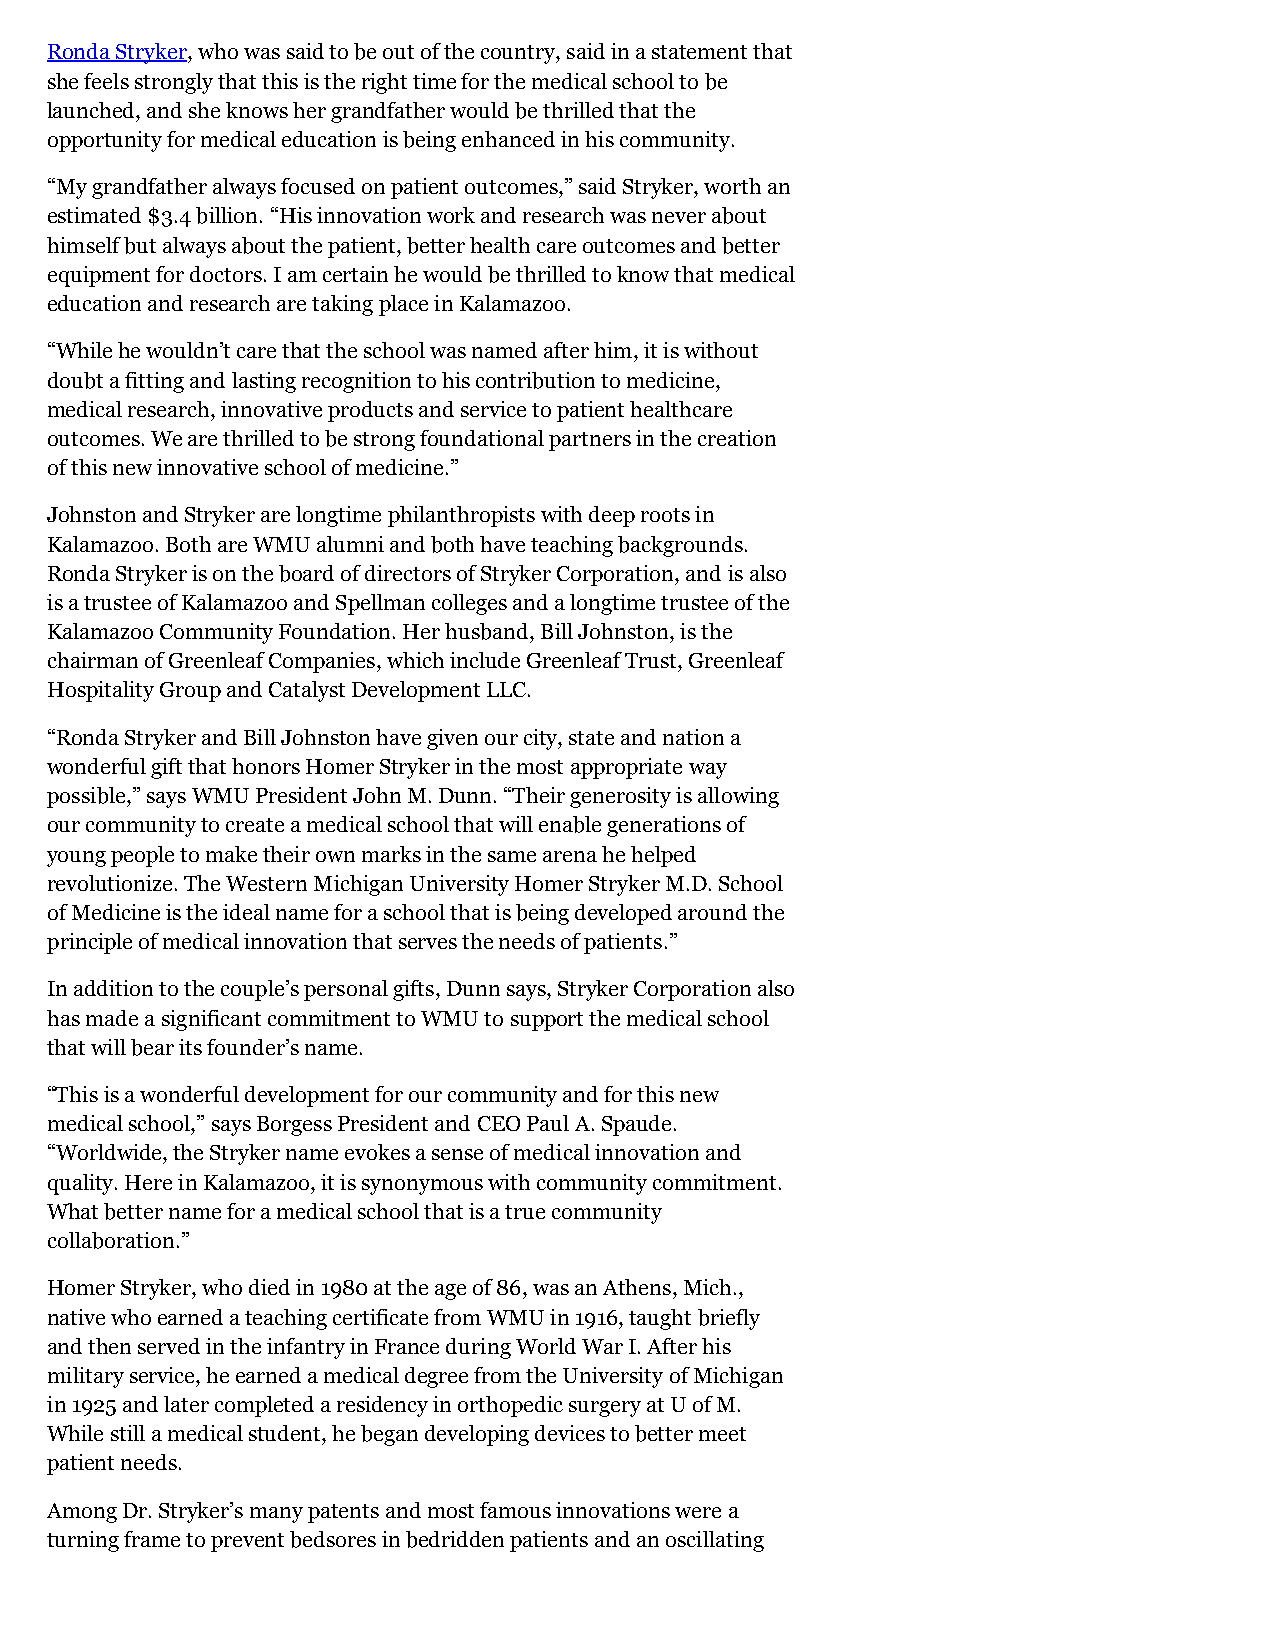
Ronda Stryker, who was said to be out of the country, said in a statement that
 she feels strongly that this is the right time for the medical school to be
 launched, and she knows her grandfather would be thrilled that the
 opportunity for medical education is being enhanced in his community.
 “My grandfather always focused on patient outcomes,” said Stryker, worth an
 estimated $3.4 billion. “His innovation work and research was never about
 himself but always about the patient, better health care outcomes and better
 equipment for doctors. I am certain he would be thrilled to know that medical
 education and research are taking place in Kalamazoo.
 “While he wouldn’t care that the school was named after him, it is without
 doubt a fitting and lasting recognition to his contribution to medicine,
 medical research, innovative products and service to patient healthcare
 outcomes. We are thrilled to be strong foundational partners in the creation
 of this new innovative school of medicine.”
 Johnston and Stryker are longtime philanthropists with deep roots in
 Kalamazoo. Both are WMU alumni and both have teaching backgrounds.
 Ronda Stryker is on the board of directors of Stryker Corporation, and is also
 is a trustee of Kalamazoo and Spellman colleges and a longtime trustee of the
 Kalamazoo Community Foundation. Her husband, Bill Johnston, is the
 chairman of Greenleaf Companies, which include Greenleaf Trust, Greenleaf
 Hospitality Group and Catalyst Development LLC.
 “Ronda Stryker and Bill Johnston have given our city, state and nation a
 wonderful gift that honors Homer Stryker in the most appropriate way
 possible,” says WMU President John M. Dunn. “Their generosity is allowing
 our community to create a medical school that will enable generations of
 young people to make their own marks in the same arena he helped
 revolutionize. The Western Michigan University Homer Stryker M.D. School
 of Medicine is the ideal name for a school that is being developed around the
 principle of medical innovation that serves the needs of patients.”
 In addition to the couple’s personal gifts, Dunn says, Stryker Corporation also
 has made a significant commitment to WMU to support the medical school
 that will bear its founder’s name.
 “This is a wonderful development for our community and for this new
 medical school,” says Borgess President and CEO Paul A. Spaude.
 “Worldwide, the Stryker name evokes a sense of medical innovation and
 quality. Here in Kalamazoo, it is synonymous with community commitment.
 What better name for a medical school that is a true community
 collaboration.”
 Homer Stryker, who died in 1980 at the age of 86, was an Athens, Mich.,
 native who earned a teaching certificate from WMU in 1916, taught briefly
 and then served in the infantry in France during World War I. After his
 military service, he earned a medical degree from the University of Michigan
 in 1925 and later completed a residency in orthopedic surgery at U of M.
 While still a medical student, he began developing devices to better meet
 patient needs.
 Among Dr. Stryker’s many patents and most famous innovations were a
 turning frame to prevent bedsores in bedridden patients and an oscillating